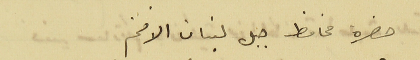
ان حضرة محافظ جبل لبنان الافخم